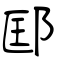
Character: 邼